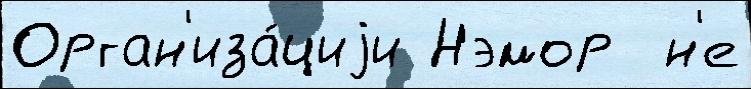
Орган'иза́циjи Нэмор  н'е